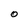
Character: O